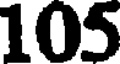
105